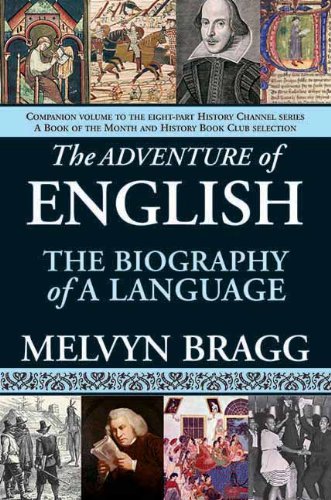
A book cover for The Adventure of English: The Biography of a Language; Melvyn Bragg; Reference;